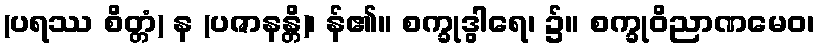
(ပရဿ စိတ္တံ) န (ပဇာနန္တိ)၊ န်၏။ စက္ခုဒွါရေ၊ ၌။ စက္ခုဝိညာဏမေဝ၊